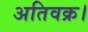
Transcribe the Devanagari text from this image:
अतिवक्र।